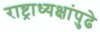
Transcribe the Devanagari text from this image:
राष्ट्राध्यक्षांपुढे